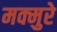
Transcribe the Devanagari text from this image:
मक्मुरे